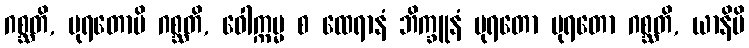
ဂစ္ဆတိ, ပုရတောပိ ဂစ္ဆတိ, ဝေါက္ကမ္မ စ ထေရာနံ ဘိက္ခူနံ ပုရတော ပုရတော ဂစ္ဆတိ, ယာနိပိ